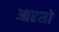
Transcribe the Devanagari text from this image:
आरसो